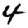
Digit: 4